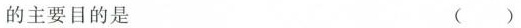
的主要目的是 ()